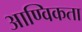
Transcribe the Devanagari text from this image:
आण्विकता